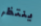
ينتظر